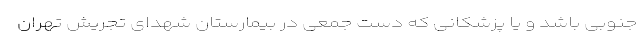
جنوبی باشد و یا پزشکانی که دست جمعی در بیمارستان شهدای تجریش تهران